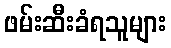
ဖမ်းဆီးခံရသူများ